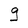
Character: g